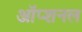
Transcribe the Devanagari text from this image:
ऑप्शनल